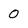
Character: 0